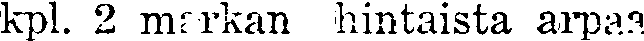
kpl. 2 markan hintaista arpaa